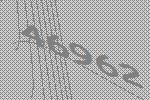
46962